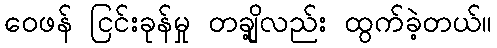
ဝေဖန် ငြင်းခုန်မှု တချို့လည်း ထွက်ခဲ့တယ်။